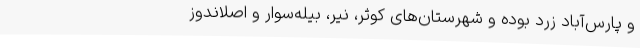
و پارس‌آباد زرد بوده و شهرستان‌های کوثر، نیر، بیله‌سوار و اصلاندوز